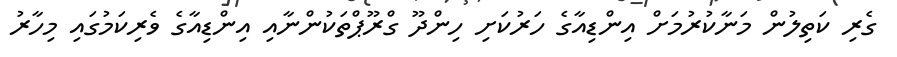
ގެރި ކަތިލުން މަނާކުރުމަށް އިންޑިއާގެ ހަރުކަށި ހިންދޫ ގްރޫޕްތަކުންނާއި އިންޑިއާގެ ވެރިކަމުގައި މިހާރު